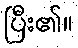
ပြီး၏။